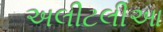
અલીટલીઆ